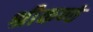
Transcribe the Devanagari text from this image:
श्रीकण्ठं